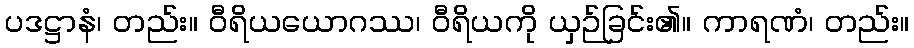
ပဒဋ္ဌာနံ၊ တည်း။ ဝီရိယယောဂဿ၊ ဝီရိယကို ယှဉ်ခြင်း၏။ ကာရဏံ၊ တည်း။